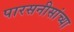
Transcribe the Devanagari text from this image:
पारसनीसांच्या